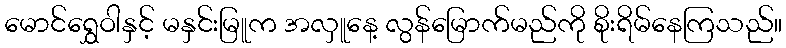
မောင်ရွှေဝါနှင့် မနှင်းမြူက အလှူနေ့ လွန်မြောက်မည်ကို စိုးရိမ်နေကြသည်။